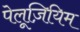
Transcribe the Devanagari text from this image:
पेलूज़ियिम